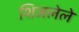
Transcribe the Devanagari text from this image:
शिजलेले